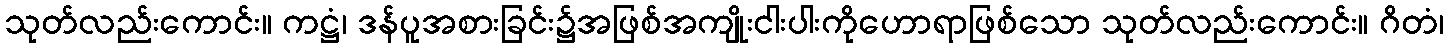
သုတ်လည်းကောင်း။ ကဋ္ဌံ၊ ဒန်ပူအစားခြင်း၌အဖြစ်အကျိုးငါးပါးကိုဟောရာဖြစ်သော သုတ်လည်းကောင်း။ ဂိတံ၊